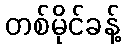
တစ်မိုင်ခန့်